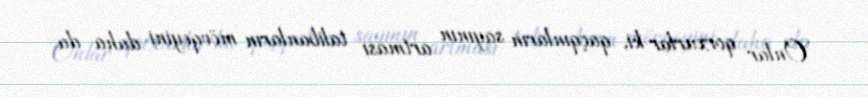
Onlar qorxurlar ki, qaçqınların sayının artması talibanların mövqeyini daha da